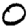
Digit: 0